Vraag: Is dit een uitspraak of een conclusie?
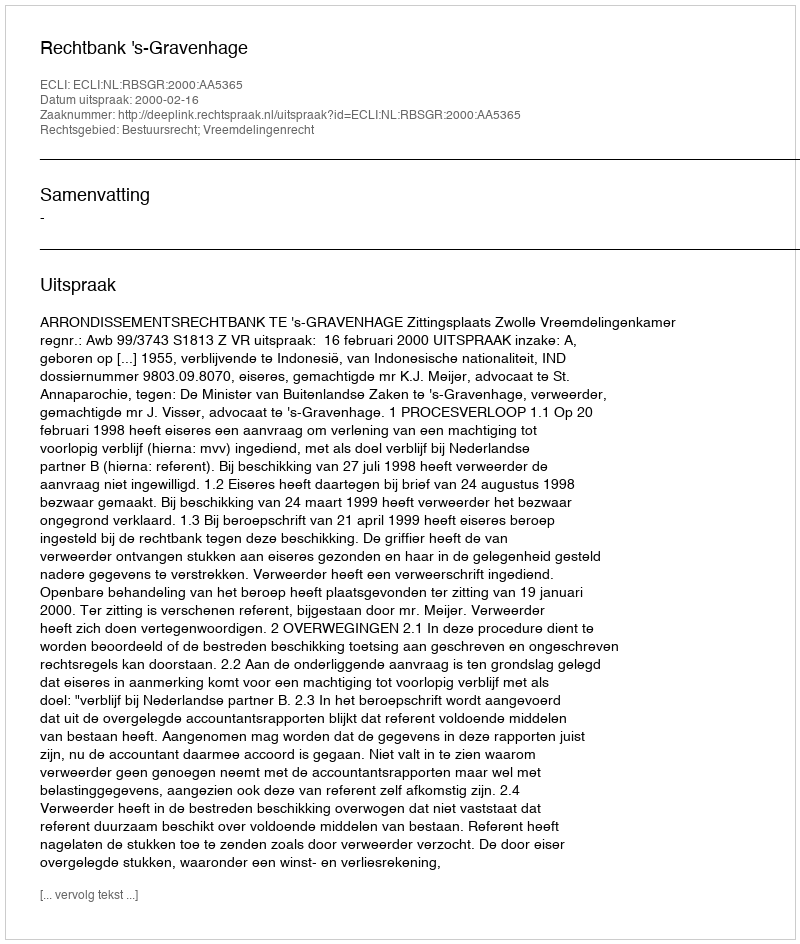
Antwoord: Uitspraak